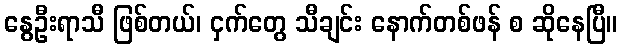
နွေဦးရာသီ ဖြစ်တယ်၊ ငှက်တွေ သီချင်း နောက်တစ်ဖန် စ ဆိုနေပြီ။